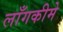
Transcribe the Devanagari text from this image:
लाँगकीमे